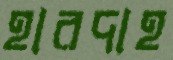
হারদাহ